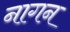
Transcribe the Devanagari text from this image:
नागन